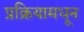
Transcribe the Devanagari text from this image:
प्रक्रियामधून